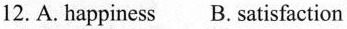
12. A. happiness B. satisfaction